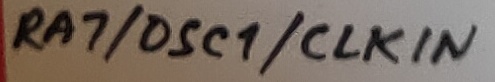
Text: RA7/OSC1/CLKIN